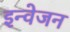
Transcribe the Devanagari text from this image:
इन्वेजन